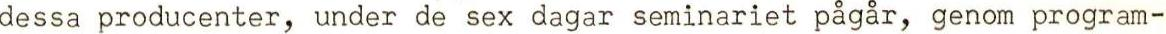
dessa producenter, under de sex dagar seminariet pågår, genom program-